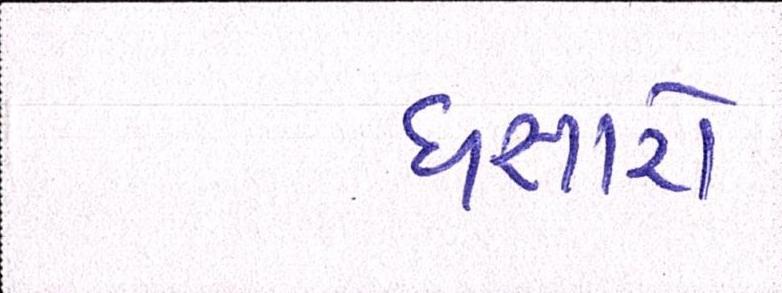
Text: ધસારો